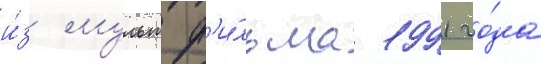
и́з мультф'и́льма 1991 го́да